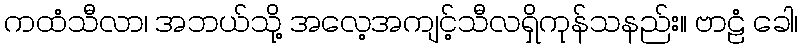
ကထံသီလာ၊ အဘယ်သို့ အလေ့အကျင့်သီလရှိကုန်သနည်း။ ဗာဠံ ခေါ၊